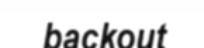
backout